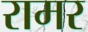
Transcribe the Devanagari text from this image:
रामर